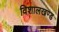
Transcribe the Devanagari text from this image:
विशालखण्ड